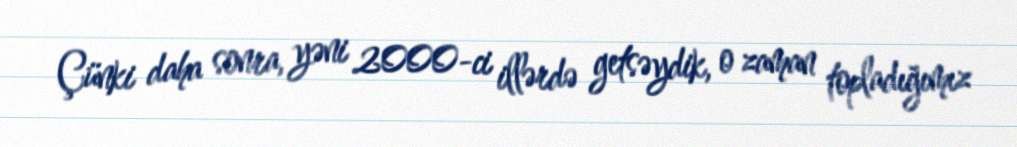
Çünki daha sonra, yəni 2000-ci illərdə getsəydik, o zaman topladığımız